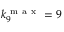
k _ { 9 } ^ { \mathrm { ~ m ~ a ~ x ~ } } = 9